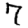
Digit: 7